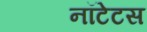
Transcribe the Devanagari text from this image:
नॉटेटस